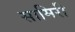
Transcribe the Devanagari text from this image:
सामिरी